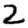
Digit: 2